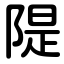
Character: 隄